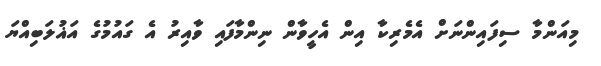
މިއަންމާ ސިފައިންނަށް އެމެރިކާ އިން އެހީވާން ނިންމާފައި ވާއިރު އެ ގައުމުގެ އަޣުލަބިއްޔަ